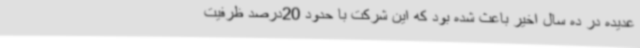
عدیده در ده سال اخیر باعث شده بود که این شرکت با حدود 20درصد ظرفیت